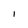
Character: l